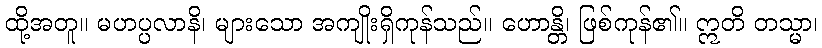
ထို့အတူ။ မဟပ္ပလာနိ၊ များသော အကျိုးရှိကုန်သည်။ ဟောန္တိ၊ ဖြစ်ကုန်၏။ ဣတိ တသ္မာ၊